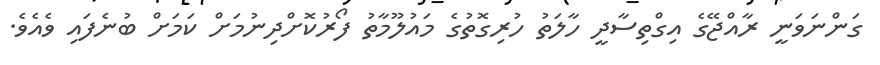
ގަންނަވަނީ ރާއްޖޭގެ އިގްތިސާދީ ހާލަތު ހުރިގޮތުގެ މައުލޫމާތު ފޯރުކޮށްދިނުމަށް ކަމަށް ބުނެފައި ވެއެވެ.